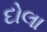
દોલા